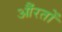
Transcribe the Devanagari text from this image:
औंरतों